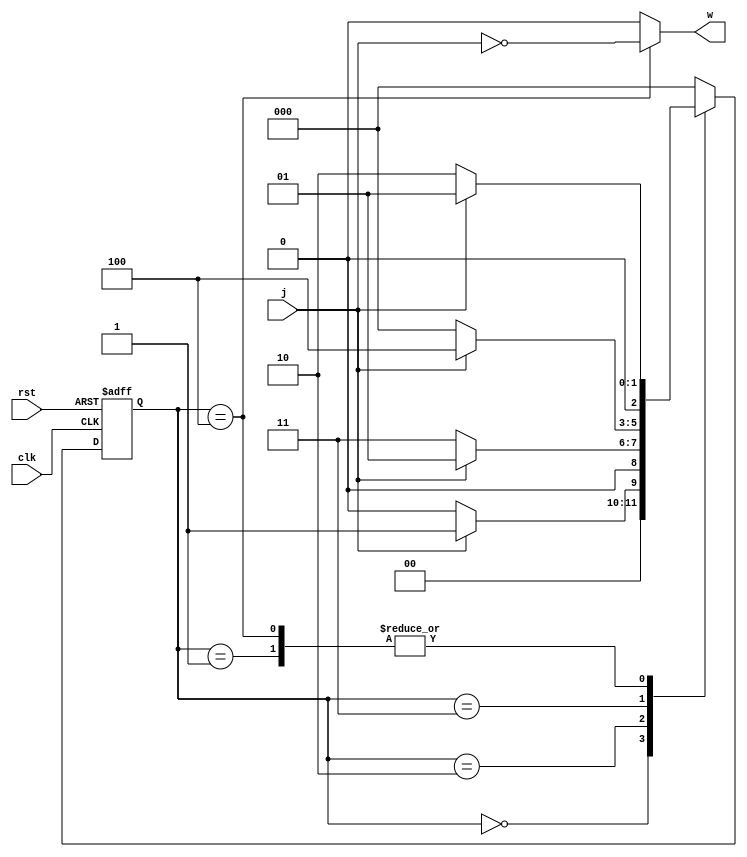
`timescale 1ns/1ns
module Q2MealyPreSynth(input clk,rst,j,output w);
  reg[2:0] ns,ps;
  parameter[2:0] A=3'b000,B=3'b001,C=3'b010,D=3'b011,E=3'b100;

  always@(ps,j)begin
    ns=A;
       case(ps)
         A:ns=j?B:A;
         B:ns=j?B:C;
         C:ns=j?B:D;
         D:ns=j?E:A;
         E:ns=j?B:C;
         default:ns=A;
       endcase
   end
assign w=(ps==E)?~j:1'b0;

 always@(posedge clk,posedge rst)begin
    if(rst)
       ps<=A;
    else
      ps<=ns;
end
endmodule